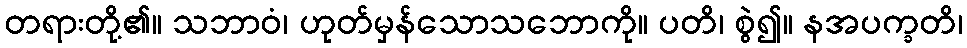
တရားတို့၏။ သဘာဝံ၊ ဟုတ်မှန်သောသဘောကို။ ပတိ၊ စွဲ၍။ နအပက္ခတိ၊